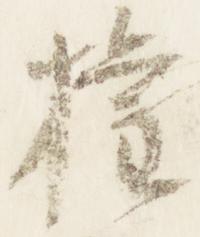
権